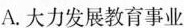
A.大力发展教育事业